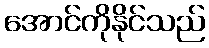
အောင်ကိုနိုင်သည်